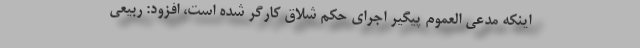
اینکه مدعی العموم پیگیر اجرای حکم شلاق کارگر شده است، افزود: ربیعی